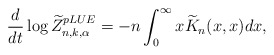
\begin{align*} \frac{d}{dt} \log \widetilde{Z}_{n,k,\alpha}^{pLUE} = -n \int_0^\infty x \widetilde{K}_n(x,x)dx,\end{align*}